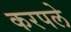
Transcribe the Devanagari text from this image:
करपले